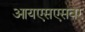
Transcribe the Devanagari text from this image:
आयएसएसवर